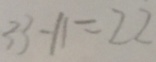
3 3 - 1 1 = 2 2